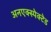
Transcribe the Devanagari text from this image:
अनएक्स्पेक्टेड